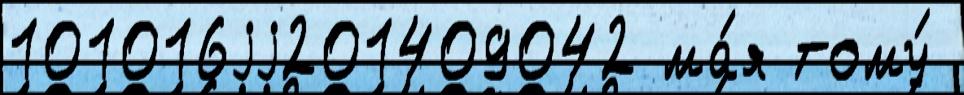
101016jj201409042 ма́я тому́